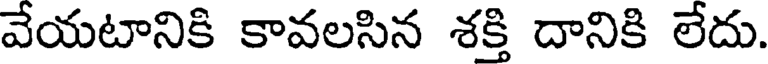
వేయటానికి కావలసిన శక్తి దానికి లేదు.